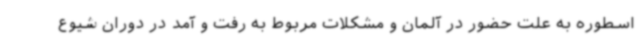
اسطوره به علت حضور در آلمان و مشکلات مربوط به رفت و آمد در دوران شیوع